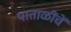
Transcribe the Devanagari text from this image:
पाताळींचें